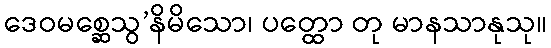
ဒေဝမစ္ဆေသွ’နိမိသော၊ ပတ္ထော တု မာနသာနုသု။